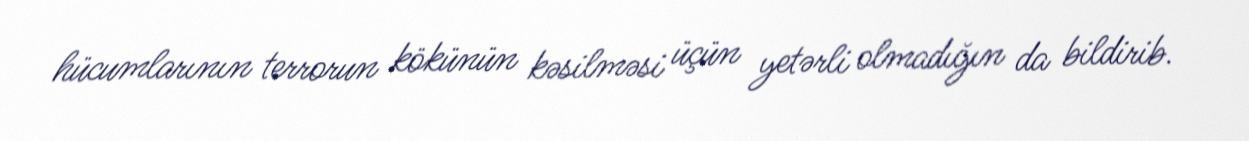
hücumlarının terrorun kökünün kəsilməsi üçün yetərli olmadığın da bildirib.